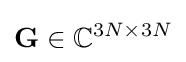
\mathbf {G} \in \mathbb {C} ^{3N\times 3N}